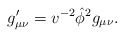
\begin{align*}g'_{\mu\nu} = v^{-2} \hat{\phi}^2 g_{\mu\nu}.\end{align*}